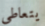
يتعاطى